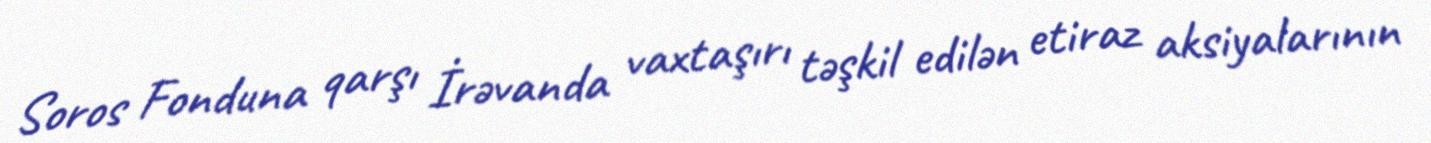
Soros Fonduna qarşı İrəvanda vaxtaşırı təşkil edilən etiraz aksiyalarının